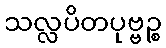
သလ္လပိတပုဗ္ဗဉ္စ